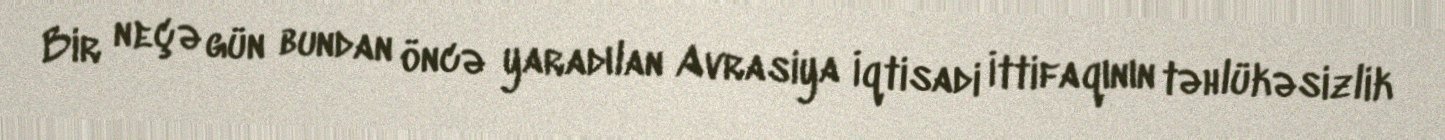
Bir neçə gün bundan öncə yaradılan Avrasiya İqtisadi İttifaqının təhlükəsizlik